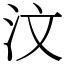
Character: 汶